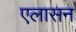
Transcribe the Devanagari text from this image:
एलासन